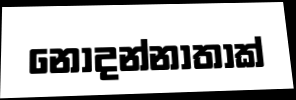
නොදන්නාතාක්